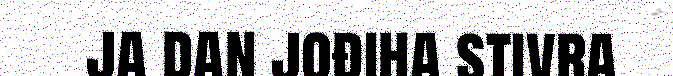
ja dan jođiha stivra